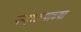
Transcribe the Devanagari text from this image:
पन्हाळ्याच्या